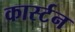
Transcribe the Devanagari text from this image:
कार्स्टन